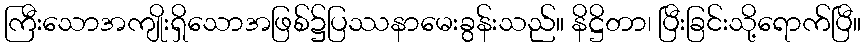
ကြီးသောအကျိုးရှိသောအဖြစ်၌ပြဿနာမေးခွန်းသည်။ နိဋ္ဌိတာ၊ ပြီးခြင်းသို့ရောက်ပြီ။